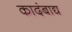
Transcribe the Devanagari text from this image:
कादंबाद्य